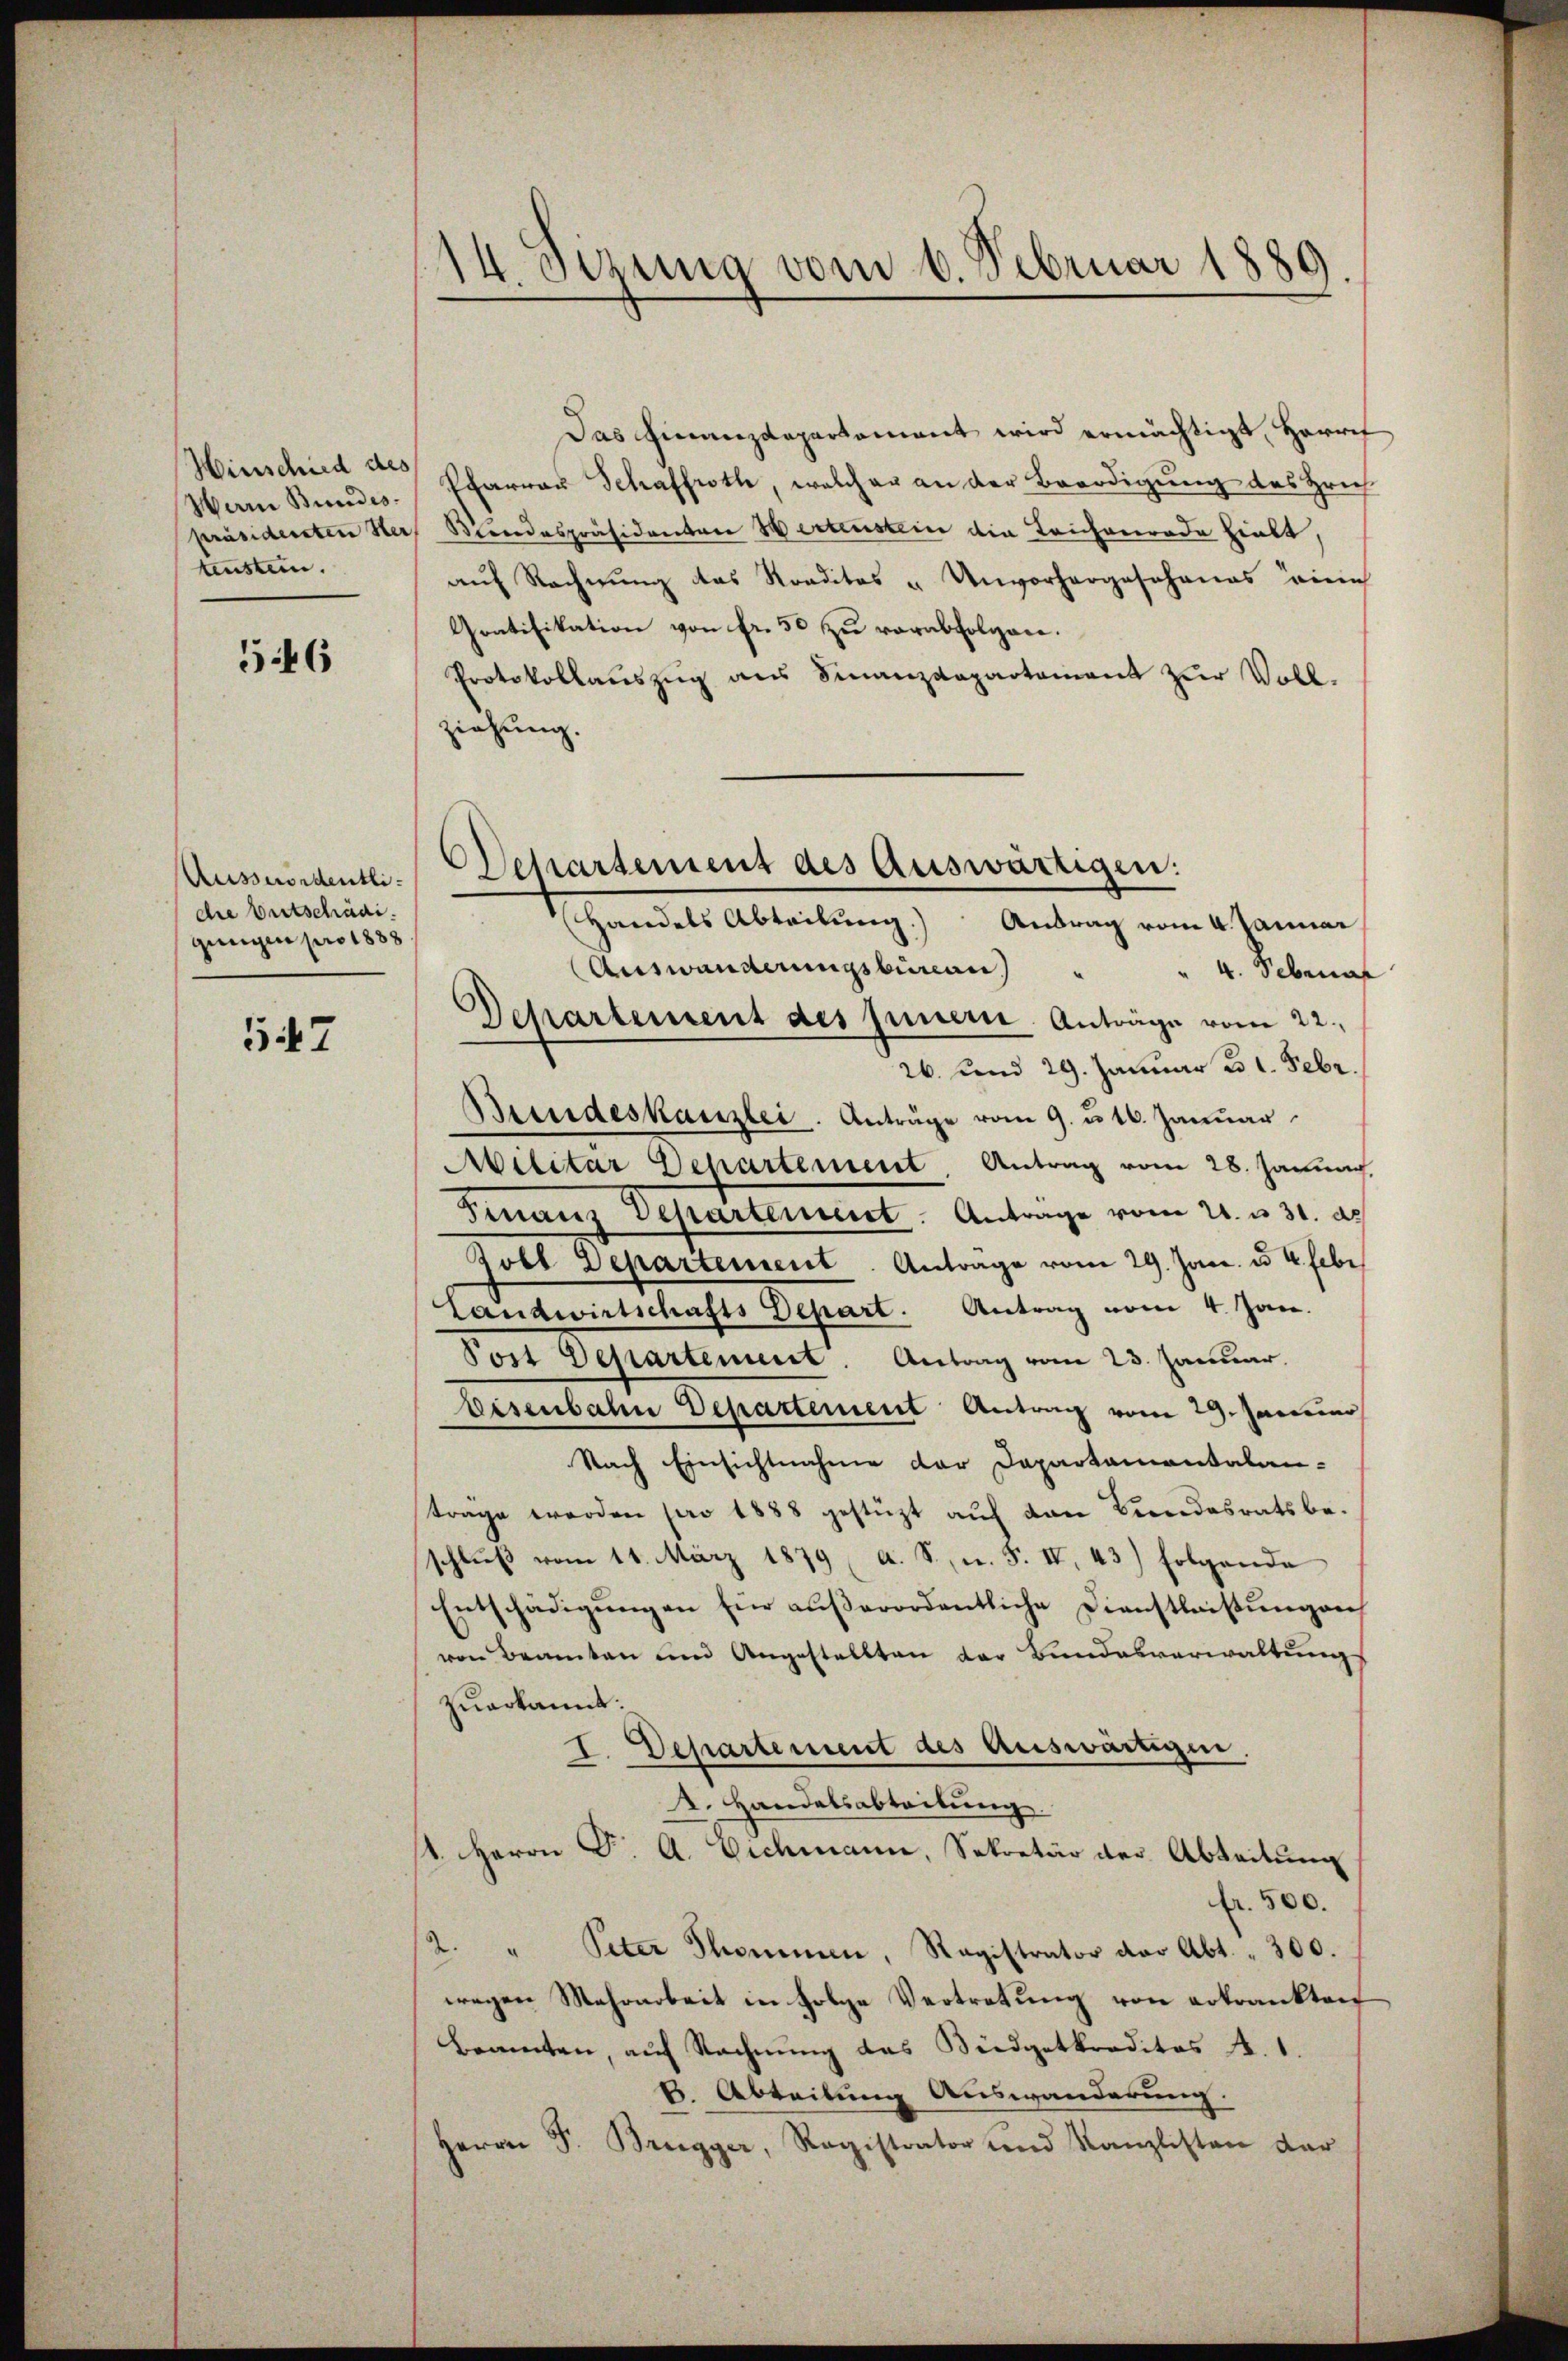
Hinschied des
Warrn Bundes.
tensten.

5446

Ausswordentlidie Entschädi
gungen pro 1888.

547

14. Sizung vom 6. Februar 1889.

Das Finanzdepartamant wird ermächtigt, Herref
Pfarrer Schaffroth, welcher an der Beerdigung des rich
Präsidenten Her Blindespräsidenten Wertenstein die Teichgerade hiebt,
auf Rechnung das Roaditas u Unvorhergeschanas eine
Gratifikation von fr. 50 zu verabfolgen.
Protokollauszug aus Finanzdepartement zur Voll-
ziehung.

4. Sebena
26. und 29. Januar ad 1. Febr.
Beendeskanzlei. Anträge vom 9. u. 16. Januar
Militar Departement Antrag vom 28. Januar,
Finanz Departement. Anträge vom 21. u 31. d.
Zoel Departement. Antrage vom 29. Jan. u 4. hebe
Landwirtschafts Depart. Antrag vom 4. Jan.
Post Departement. Antrag vom 23. Januar.
Disenbahn Departement Antrag vom 29. Januar
Nach Einsichtnahme der Dapartamentalantrage werden pro 1888 gestüzt auf den Bundesratsbe-
schlŭβ vom 11. März 1879 A. S., u. F. IV. 43) folgende
Entschädigŭngen für aŭβerordentliche Dienstleistŭngen
von Beamten und Angestellten der Bundesverwaltung
zuerkannt:
I. Departement des Auswärtigen.
4. Handelsabteilung.
st. Herrn F. A. Eichmann, Sekretär der Abteilung
fr. 500.
2. " Peter Thommen, Ragistrator der Abt. " 300.
wegen Mehrarbeit in Folge Vertretung von erkrankten
Beamten, auf Rechnung das Büdgetkreditos A. 1.
6. Abteilung Auswanderung.
Herrn F. Brugger, Registrator und Kanzlisten dar

Dessartement des Auswärtigen:
Handels Abteilŭng.) Antrag vom 4. Januar
Auswanderungsbureau
Departement des jenen Anträge vom 22.